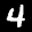
Label: 4